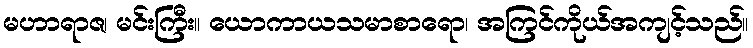
မဟာရာဇ၊ မင်းကြီး။ ယောကာယသမာစာရော၊ အကြင်ကိုယ်အကျင့်သည်။